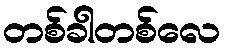
တစ်ခါတစ်လေ